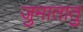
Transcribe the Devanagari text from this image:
जुमातातु